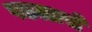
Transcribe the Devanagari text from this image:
पडलासे